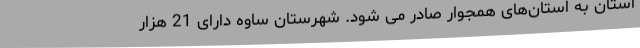
استان به استان‌های همجوار صادر می شود. شهرستان ساوه دارای 21 هزار